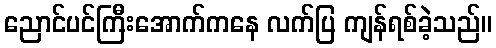
ညောင်ပင်ကြီးအောက်ကနေ လက်ပြ ကျန်ရစ်ခဲ့သည်။